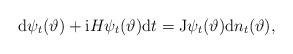
LaTeX: \begin{align*} \mathrm{d}\psi_t(\vartheta)+\mathrm{i}H\psi_t(\vartheta)\mathrm{d}t= \mathrm{J}\psi_t(\vartheta)\mathrm{d}n_t(\vartheta), \end{align*}